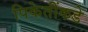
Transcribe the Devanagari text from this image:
पिकेतींकडे